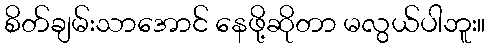
စိတ်ချမ်းသာအောင် နေဖို့ဆိုတာ မလွယ်ပါဘူး။